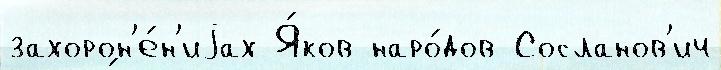
захорон'е́н'иjах Я́ков наро́дов Сосланов'ич